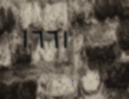
١٦٦١